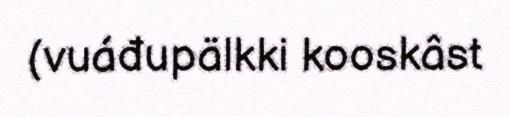
(vuáđupälkki kooskâst